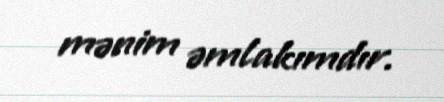
mənim əmlakımdır.